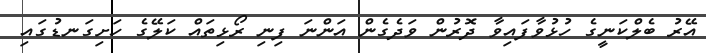
އޭރު ބެލްކަނީގެ ހުޅުވާފައިވާ ދޮރުން ވަދެގެން އަންނަ ފިނި ރޯޅިތައް ކަލޭގެ ހަށިގަނޑުގައި